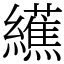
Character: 䌭